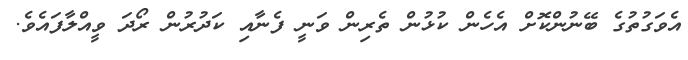
އެވަގުތުގެ ބޭނުންކޮށް އެހެން ކުޅުން ތެރިން ވަނީ ފެނާއި ކަދުރުން ރޯދަ ވީއްލާފައެވެ.